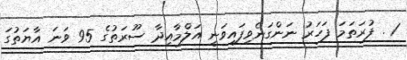
1 . ފުރަތަމަ ފަހަރު ނަންގަނެވިފައިވަނީ އަލްމާއިދާ ސޫރަތުގެ 95 ވަނަ އާޔަތުގަ